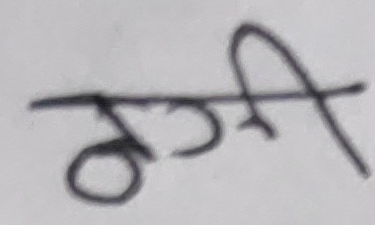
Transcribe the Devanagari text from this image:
रही